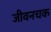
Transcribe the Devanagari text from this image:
जीवनचक